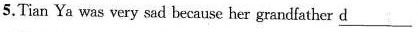
5.Tian Ya was very sad because her grandfather \underline{d}